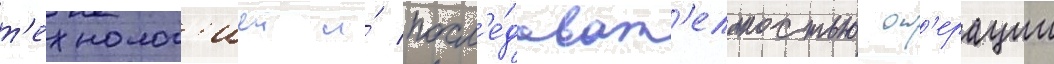
т'ехнолог'иеи и́ посл'е́доват'ельностью оп'ерации